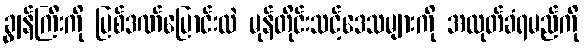
ချွန်ကြီးကို ပြစ်ဒဏ်ပြောင်းလဲ မုန်တိုင်းသင့်ဒေသများကို အထုတ်ခံရမည်ကို